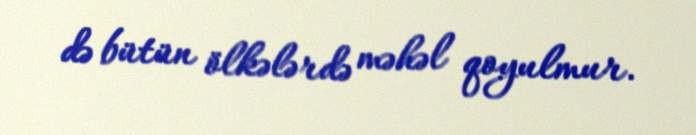
də bütün ölkələrdə məhəl qoyulmur.